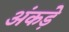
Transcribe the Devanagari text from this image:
अंकड़े